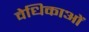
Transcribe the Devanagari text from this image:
वेधिकाओं